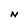
Character: N